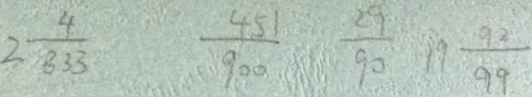
2 \frac { 4 } { 3 3 3 } \frac { 4 5 1 } { 9 0 0 } \frac { 2 9 } { 9 0 } 1 9 \frac { 9 2 } { 9 9 }